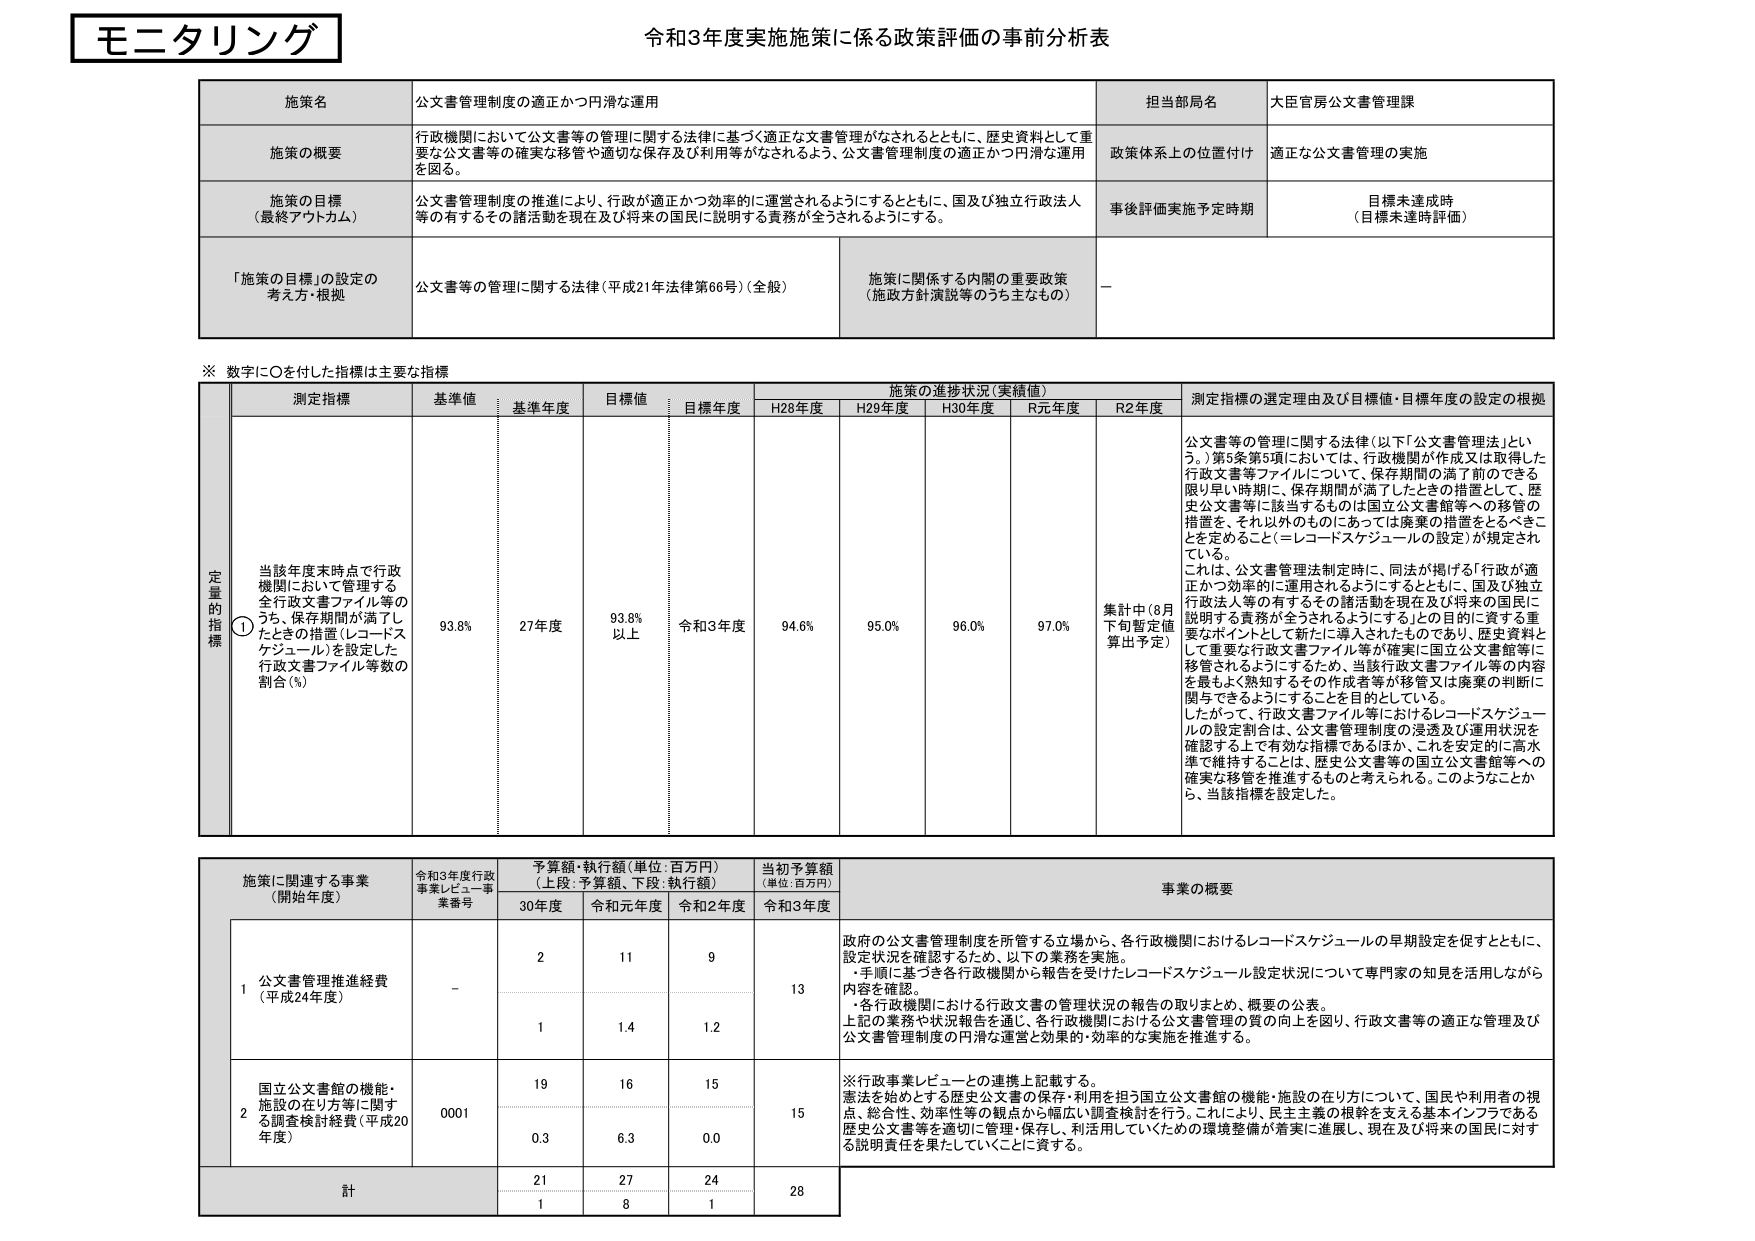
モニタリング
令和3年度実施施策に係る政策評価の事前分析表

施策名
公文書管理制度の適正かつ円滑な運用

担当部局名
大臣官房公文書管理課

施策の概要
行政機関において公文書等の管理に関する法律に基づく適正な文書管理がなされるとともに、歴史資料として重要な公文書等の確実な移管や適切な保存及び利用等がなされるよう、公文書管理制度の適正かつ円滑な運用を図る。

政策体系上の位置付け
適正な公文書管理の実施

施策の目標（最終アウトカム）
公文書管理制度の推進により、行政が適正かつ効率的に運営されるようにするとともに、国及び独立行政法人等の有するその諸活動を現在及び将来の国民に説明する責務が全うされるようにする。

事後評価実施予定時期
目標未達成時（目標未達時評価）

「施策の目標」の設定の考え方・根拠
公文書等の管理に関する法律（平成21年法律第66号）（全般）
施策に関係する内閣の重要政策（施政方針演説等のうち主なもの）
－

※ 数字に〇を付した指標は主要な指標

測定指標
基準値
基準年度
目標値
目標年度
施策の進捗状況（実績値）
測定指標の選定理由及び目標値・目標年度の設定の根拠

H28年度
H29年度
H30年度
R元年度
R2年度

定量的指標
① 当該年度末時点で行政機関において管理する全行政文書ファイル等のうち、保存期間が満了したときの措置（レコードスケジュール）を設定した行政文書ファイル等数の割合（％）
93.8％
27年度
93.8％以上
令和3年度
94.6％
95.0％
96.0％
97.0％
集計中（8月下旬暫定値算出予定）

公文書等の管理に関する法律（以下「公文書管理法」という。）第5条第5項においては、行政機関が作成又は取得した行政文書等ファイルについては、保存期間の満了前のできる限り早い時期に、保存期間が満了したときの措置として、歴史公文書等に該当するものは国立公文書館等への移管の措置を、それ以外のものにあっては廃棄の措置をとるべきことを定めること（＝レコードスケジュールの設定）が規定されている。
これは、公文書管理法制定時に、同法が掲げる「行政が適正かつ効率的に運用されるようにするとともに、国及び独立行政法人等の有するその諸活動を現在及び将来の国民に説明する責務が全うされるようにする」との目的に資する重要なポイントとして新たに導入されたものであり、歴史資料として重要な行政文書ファイル等が確実に国立公文書館等に移管されるようにするため、当該行政文書ファイル等の内容を最もよく熟知するその作成者等が移管又は廃棄の判断に関与できるようにすることを目的としている。
したがって、行政文書ファイル等におけるレコードスケジュールの設定割合は、公文書管理制度の浸透及び運用状況を確認する上で有効な指標であるほか、これを安定的に高水準で維持することは、歴史公文書等の国立公文書館等への確実な移管を推進するものと考えられる。このようなことから、当該指標を設定した。

施策に関連する事業（開始年度）
令和3年度行政事業レビュー事業番号
予算額・執行額（単位：百万円）（上段：予算額、下段：執行額）
当初予算額（単位：百万円）
事業の概要

30年度
令和元年度
令和2年度
令和3年度

1 公文書管理推進経費（平成24年度）
－
2
11
9
13
政府の公文書管理制度を所管する立場から、各行政機関におけるレコードスケジュールの早期設定を促すとともに、設定状況を確認するため、以下の業務を実施。
・手順に基づき各行政機関から報告を受けたレコードスケジュール設定状況について専門家の知見を活用しながら内容を確認。
・各行政機関における行政文書の管理状況の報告の取りまとめ、概要の公表。
上記の業務や状況報告を通じ、各行政機関における公文書管理の質の向上を図り、行政文書等の適正な管理及び公文書管理制度の円滑な運営と効果的・効率的な実施を推進する。

1
1.4
1.2

2 国立公文書館の機能・施設の在り方等に関する調査検討経費（平成20年度）
0001
19
16
15
15
※行政事業レビューとの連携上記載する。
憲法を始めとする歴史公文書の保存・利用を担う国立公文書館の機能・施設の在り方について、国民や利用者の視点、総合性、効率性等の観点から幅広い調査検討を行う。これにより、民主主義の根幹を支える基本インフラである歴史公文書等を適切に管理・保存し、利活用していくための環境整備が着実に進展し、現在及び将来の国民に対する説明責任を果たしていくことに資する。

0.3
6.3
0.0

計
21
27
24
28
1
8
1